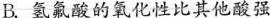
B.氢氟酸的氧化性比其他酸强